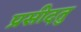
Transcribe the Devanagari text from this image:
प्रसीदतु